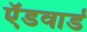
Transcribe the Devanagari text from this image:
ऍडवार्ड